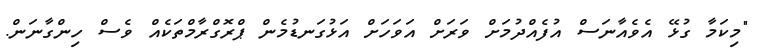
"މިކަމާ ގުޅޭ އެވެއާނަސް އުފެއްދުމަށް ވަރަށް އަވަހަށް އަޅުގަނޑުމެން ޕްރޮގްރާމްތަކެއް ވެސް ހިންގާނަން.